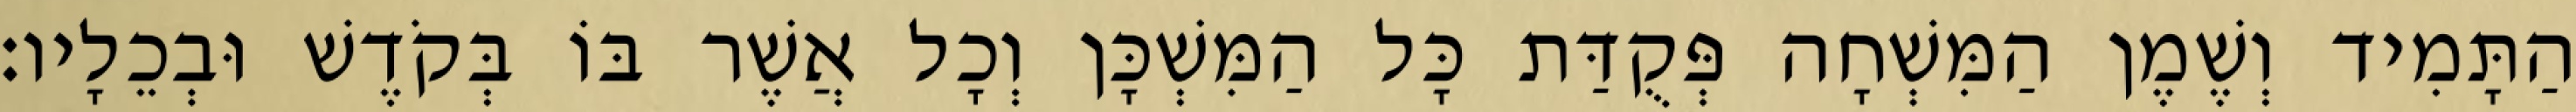
הַתָּמִיד וְשֶׁמֶן הַמִּשְׁחָה פְּקֻדַּת כָּל הַמִּשְׁכָּן וְכָל אֲשֶׁר בּוֹ בְּקֹדֶשׁ וּבְכֵלָיו׃